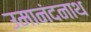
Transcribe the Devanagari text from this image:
उमानंदनाथ